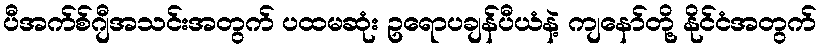
ပီအက်စ်ဂျီအသင်းအတွက် ပထမဆုံး ဥရောပချန်ပီယံနဲ့ ကျနော်တို့ နိုင်ငံအတွက်